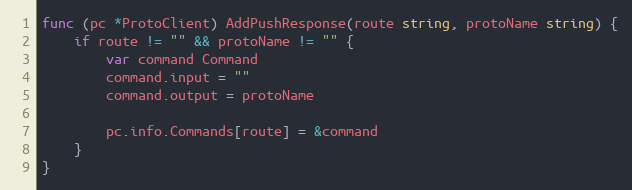
Language: Go
func (pc *ProtoClient) AddPushResponse(route string, protoName string) {
	if route != "" && protoName != "" {
		var command Command
		command.input = ""
		command.output = protoName

		pc.info.Commands[route] = &command
	}
}